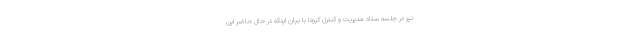
نیز در جلسه ستاد مدیریت و کنترل کرونا با بیان اینکه در حال حاضر این